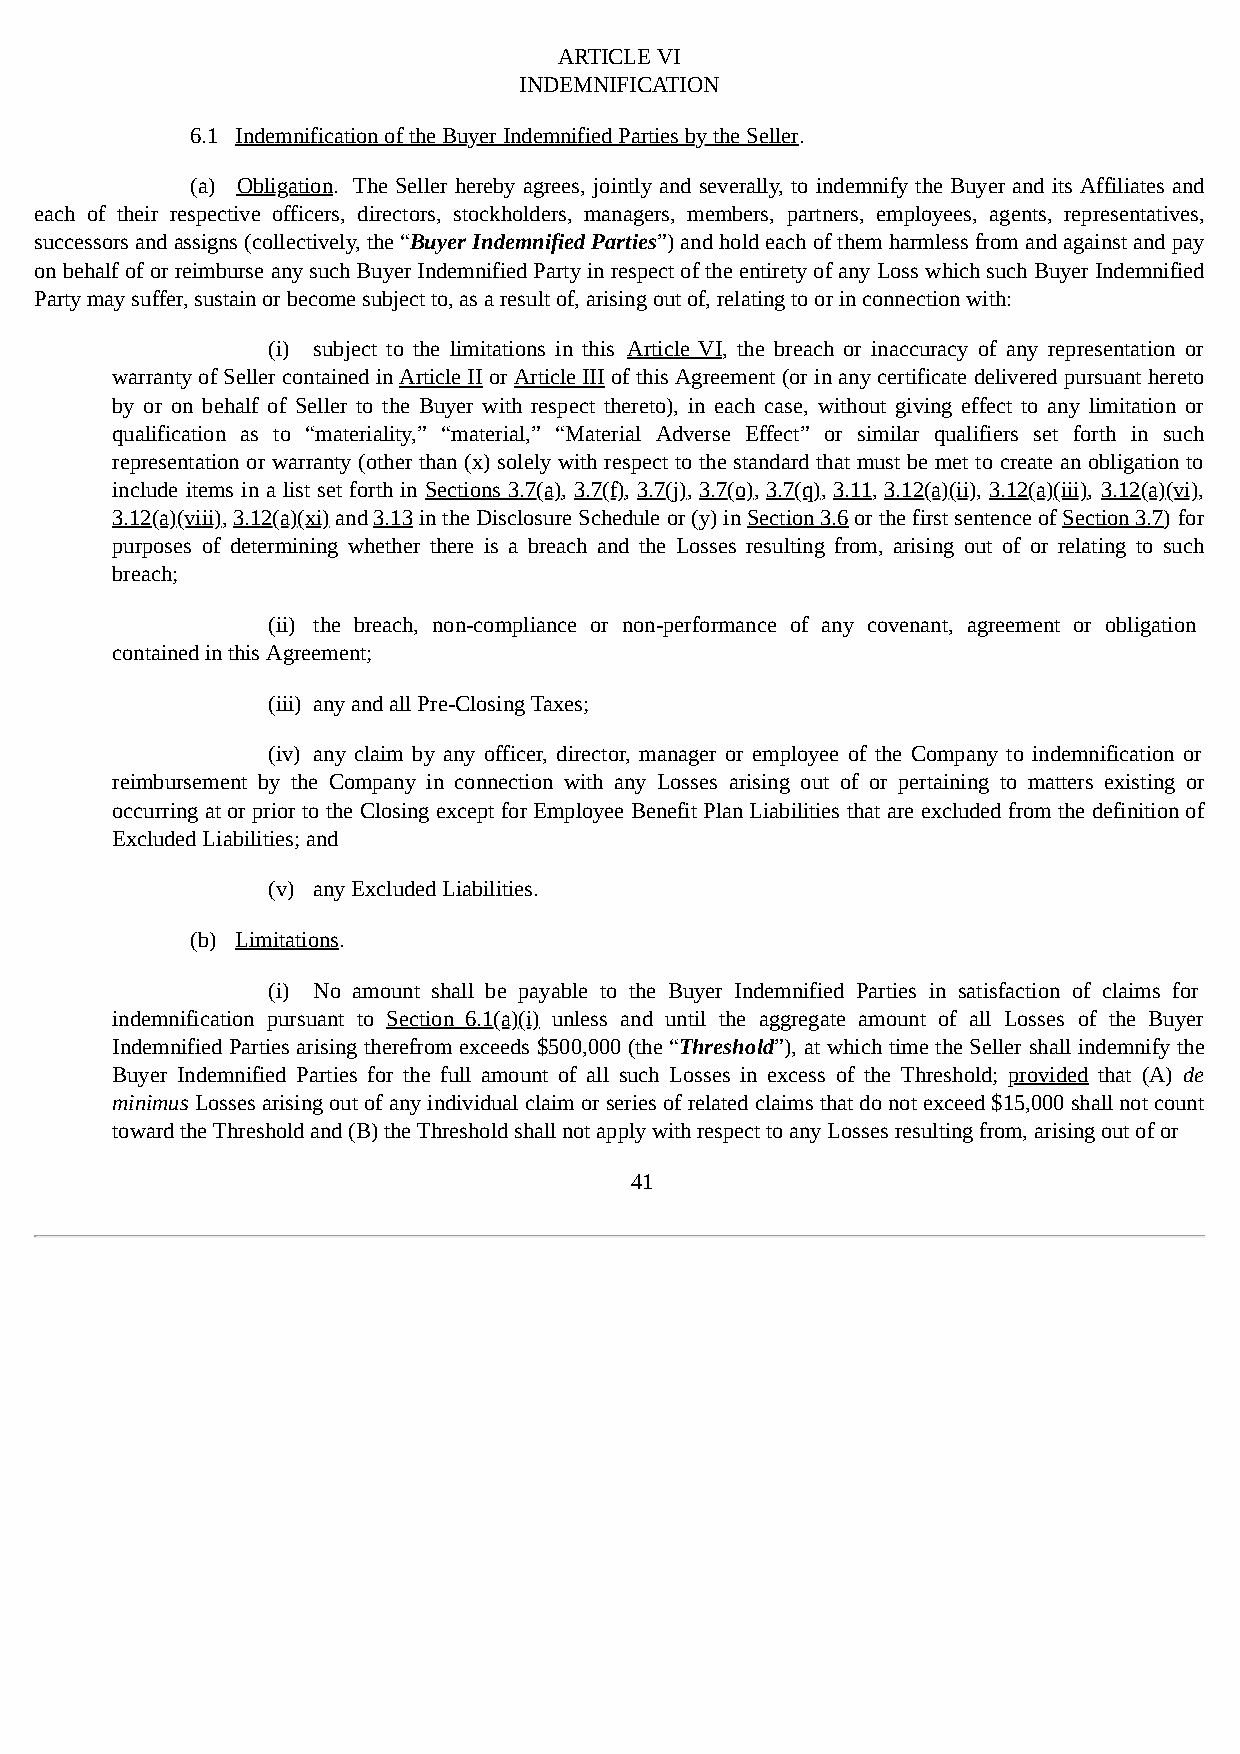
ARTICLE VI
 INDEMNIFICATION
 6.1 Indemnification of the Buyer Indemnified Parties by the Seller.
 (a) Obligation. The Seller hereby agrees, jointly and severally, to indemnify the Buyer and its Affiliates and
 each of their respective officers, directors, stockholders, managers, members, partners, employees, agents, representatives,
 successors and assigns (collectively, the “Buyer Indemnified Parties”) and hold each of them harmless from and against and pay
 on behalf of or reimburse any such Buyer Indemnified Party in respect of the entirety of any Loss which such Buyer Indemnified
 Party may suffer, sustain or become subject to, as a result of, arising out of, relating to or in connection with:
 (i) subject to the limitations in this Article VI, the breach or inaccuracy of any representation or
 warranty of Seller contained in Article II or Article III of this Agreement (or in any certificate delivered pursuant hereto
 by or on behalf of Seller to the Buyer with respect thereto), in each case, without giving effect to any limitation or
 qualification as to “materiality,” “material,” “Material Adverse Effect” or similar qualifiers set forth in such
 representation or warranty (other than (x) solely with respect to the standard that must be met to create an obligation to
 include items in a list set forth in Sections 3.7(a), 3.7(f), 3.7(j), 3.7(o), 3.7(q), 3.11, 3.12(a)(ii), 3.12(a)(iii), 3.12(a)(vi),
 3.12(a)(viii), 3.12(a)(xi) and 3.13 in the Disclosure Schedule or (y) in Section 3.6 or the first sentence of Section 3.7) for
 purposes of determining whether there is a breach and the Losses resulting from, arising out of or relating to such
 breach;
 (ii) the breach, non-compliance or non-performance of any covenant, agreement or obligation
 contained in this Agreement;
 (iii) any and all Pre-Closing Taxes;
 (iv) any claim by any officer, director, manager or employee of the Company to indemnification or
 reimbursement by the Company in connection with any Losses arising out of or pertaining to matters existing or
 occurring at or prior to the Closing except for Employee Benefit Plan Liabilities that are excluded from the definition of
 Excluded Liabilities; and
 (v) any Excluded Liabilities.
 (b) Limitations.
 (i) No amount shall be payable to the Buyer Indemnified Parties in satisfaction of claims for
 indemnification pursuant to Section 6.1(a)(i) unless and until the aggregate amount of all Losses of the Buyer
 Indemnified Parties arising therefrom exceeds $500,000 (the “Threshold”), at which time the Seller shall indemnify the
 Buyer Indemnified Parties for the full amount of all such Losses in excess of the Threshold; provided that (A) de
 minimus Losses arising out of any individual claim or series of related claims that do not exceed $15,000 shall not count
 toward the Threshold and (B) the Threshold shall not apply with respect to any Losses resulting from, arising out of or
 41